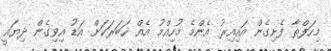
މިހަފްތާ ފެށިގެން އައިއިރު އެންމެ މުހިއްމު އެއް ޚަބަރަކަށް އަޑު އިވިގެން ދިޔައީ